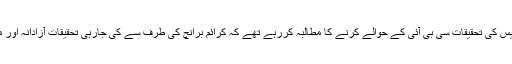
ہم اس وجہ سے کیس کی تحقیقات سی بی آئی کے حوالے کرنے کا مطالبہ کررہے تھے کہ کرائم برانچ کی طرف سے کی جارہی تحقیقات آزادانہ اور منصفانہ نہیں تھی۔